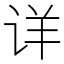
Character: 详